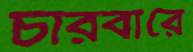
চারবারে